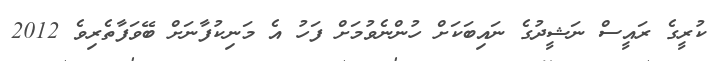
ކުރީގެ ރައީސް ނަޝީދުގެ ނައިބަކަށް ހުންނެވުމަށް ފަހު އެ މަނިކުފާނަށް ބޭވަފާތެރިވެ 2012